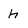
Character: h